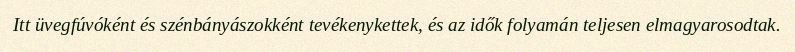
Itt üvegfúvóként és szénbányászokként tevékenykettek, és az idők folyamán teljesen elmagyarosodtak.